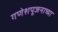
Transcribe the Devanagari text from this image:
गणेशपूजनाच्या